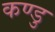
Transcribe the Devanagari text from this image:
कण्डु